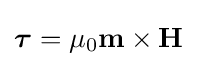
{\boldsymbol {\tau }}=\mu _{0}\mathbf {m} \times \mathbf {H}